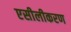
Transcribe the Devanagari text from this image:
एसीलीकरण